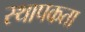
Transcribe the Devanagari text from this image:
स्थापकता